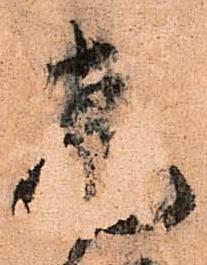
飛